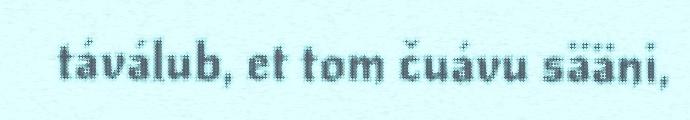
táválub, et tom čuávu sääni,